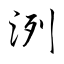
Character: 洌